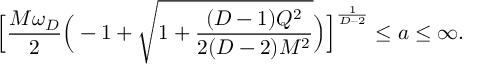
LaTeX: \Big [ { \frac { M \omega _ { D } } { 2 } } \Big ( - 1 + { \sqrt { 1 + { \frac { ( D - 1 ) Q ^ { 2 } } { 2 ( D - 2 ) M ^ { 2 } } } } } \Big ) \Big ] ^ { \frac { 1 } { D - 2 } } \le a \le \infty .